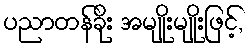
ပညာတန်ခိုး အမျိုးမျိုးဖြင့်,